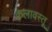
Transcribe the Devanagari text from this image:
कलावस्तू